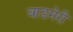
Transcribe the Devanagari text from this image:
बाडमेरी